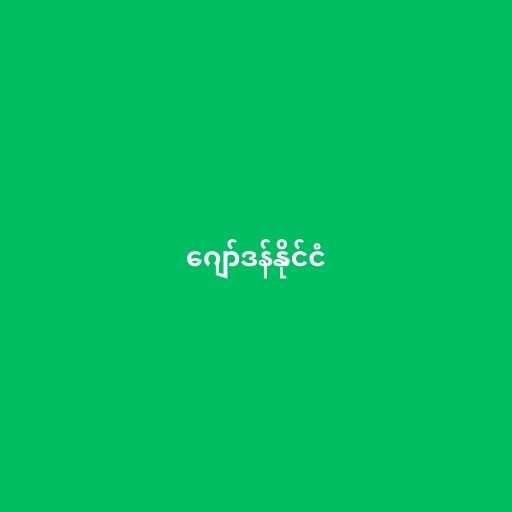
ဂျော်ဒန်နိုင်ငံ